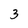
Character: 3